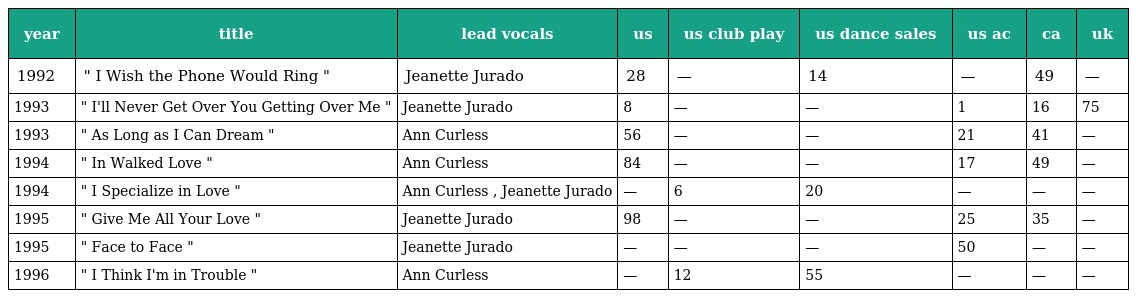
| year | title | lead vocals | us | us club play | us dance sales | us ac | ca | uk |
 | --- | --- | --- | --- | --- | --- | --- | --- | --- |
 | 1992 | " I Wish the Phone Would Ring " | Jeanette Jurado | 28 | — | 14 | — | 49 | — |
 | 1993 | " I'll Never Get Over You Getting Over Me " | Jeanette Jurado | 8 | — | — | 1 | 16 | 75 |
 | 1993 | " As Long as I Can Dream " | Ann Curless | 56 | — | — | 21 | 41 | — |
 | 1994 | " In Walked Love " | Ann Curless | 84 | — | — | 17 | 49 | — |
 | 1994 | " I Specialize in Love " | Ann Curless , Jeanette Jurado | — | 6 | 20 | — | — | — |
 | 1995 | " Give Me All Your Love " | Jeanette Jurado | 98 | — | — | 25 | 35 | — |
 | 1995 | " Face to Face " | Jeanette Jurado | — | — | — | 50 | — | — |
 | 1996 | " I Think I'm in Trouble " | Ann Curless | — | 12 | 55 | — | — | — |